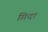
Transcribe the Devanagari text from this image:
गिदा